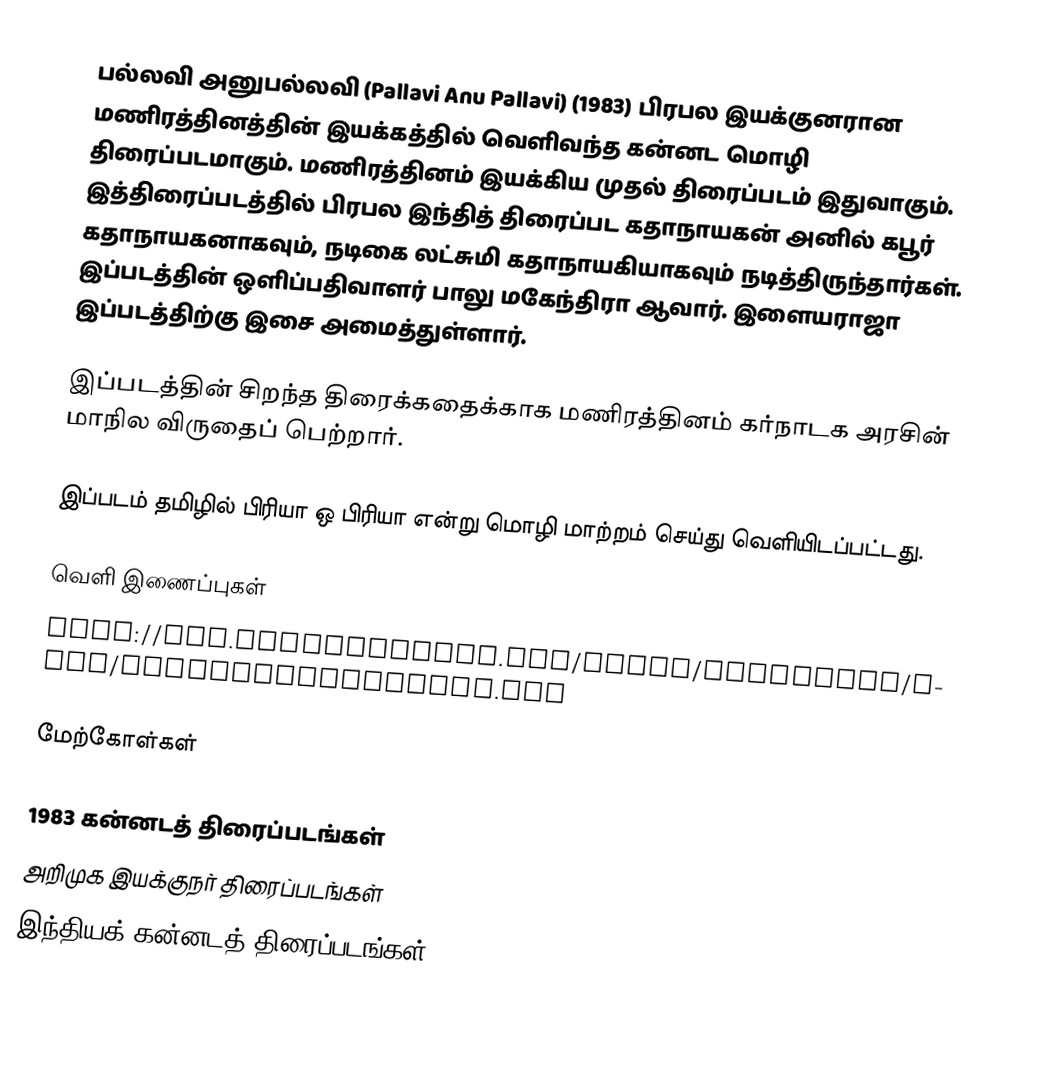
பல்லவி அனுபல்லவி (Pallavi Anu Pallavi) (1983) பிரபல இயக்குனரான மணிரத்தினத்தின் இயக்கத்தில் வெளிவந்த கன்னட மொழி திரைப்படமாகும். மணிரத்தினம் இயக்கிய முதல் திரைப்படம் இதுவாகும். இத்திரைப்படத்தில் பிரபல இந்தித் திரைப்பட கதாநாயகன் அனில் கபூர் கதாநாயகனாகவும், நடிகை லட்சுமி கதாநாயகியாகவும் நடித்திருந்தார்கள். இப்படத்தின் ஒளிப்பதிவாளர் பாலு மகேந்திரா ஆவார். இளையராஜா இப்படத்திற்கு இசை அமைத்துள்ளார்.

இப்படத்தின் சிறந்த திரைக்கதைக்காக மணிரத்தினம் கர்நாடக அரசின் மாநில விருதைப் பெற்றார்.

இப்படம் தமிழில் பிரியா ஒ பிரியா என்று மொழி மாற்றம் செய்து வெளியிடப்பட்டது.

வெளி இணைப்புகள்
 http://www.kannadaaudio.com/Songs/Moviewise/home/PallaviAnupallavi.php

மேற்கோள்கள்

1983 கன்னடத் திரைப்படங்கள்
அறிமுக இயக்குநர் திரைப்படங்கள்
இந்தியக் கன்னடத் திரைப்படங்கள்